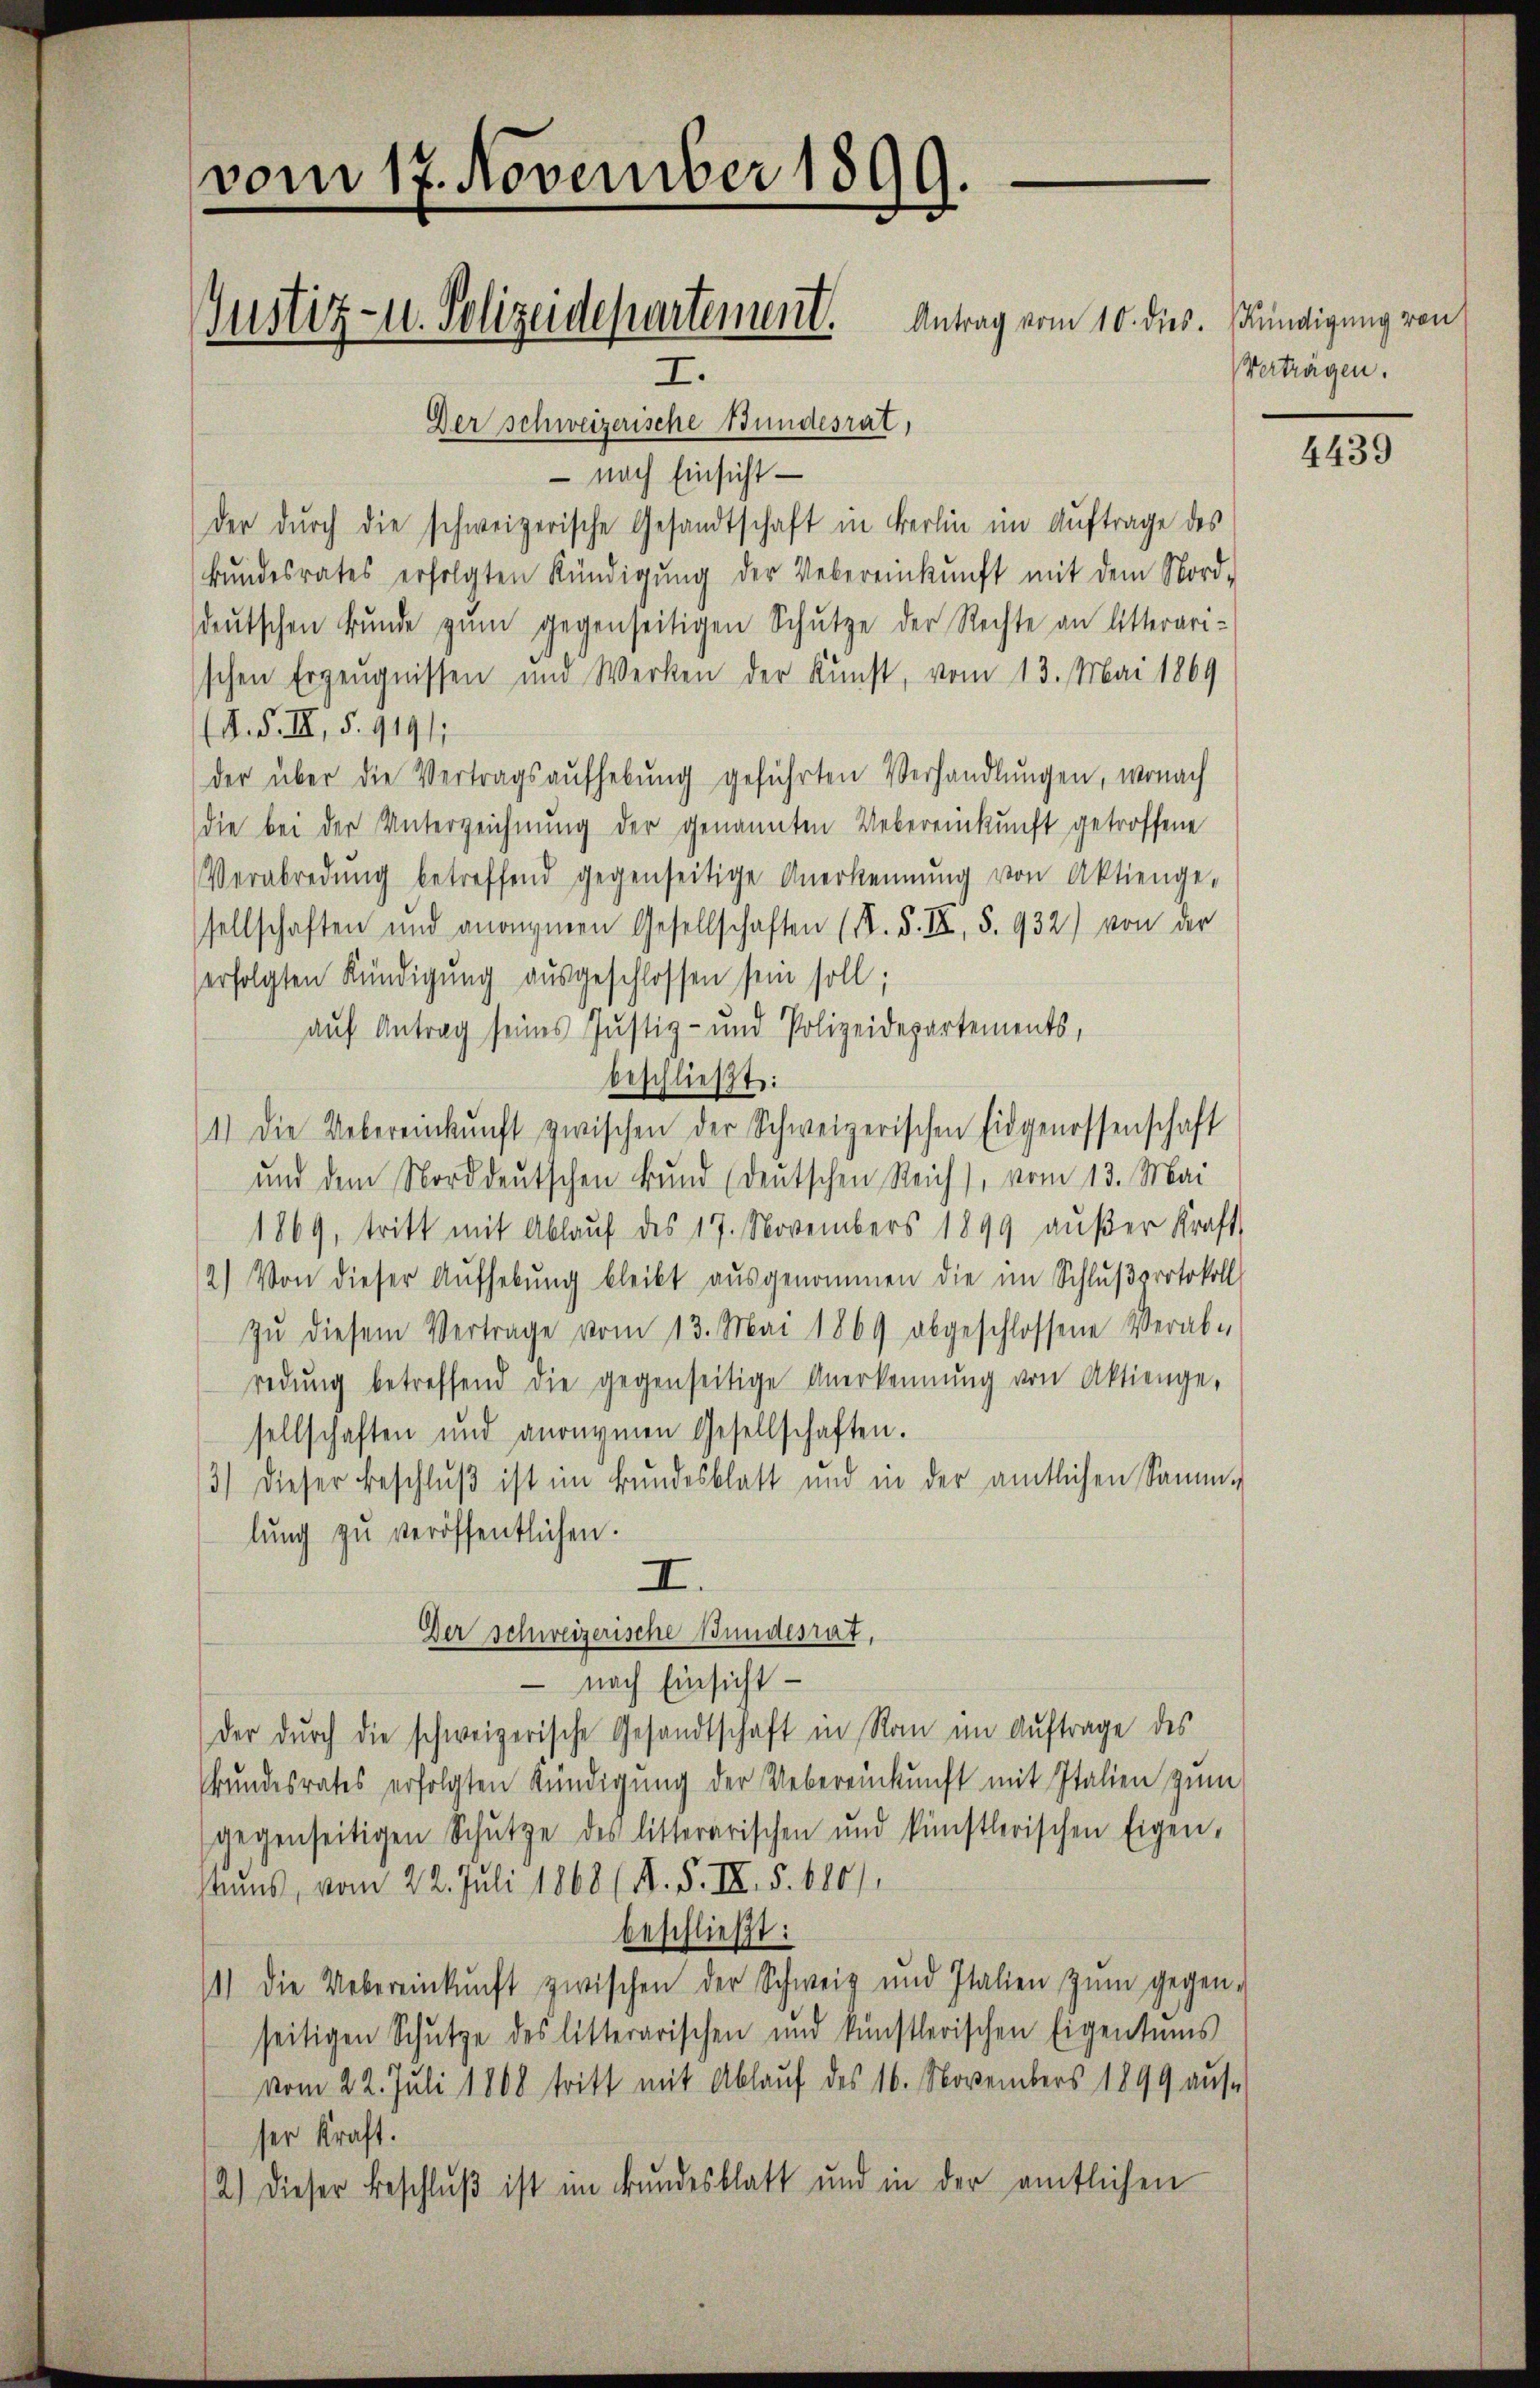
vom 17. November 1899.
Justiz- u. Polizeidepartement. Antrag vom 10. dies. Kündigung von
I.

Der schweizerische Bundesrat,
- nach Einsicht —
der dŭrch die schweizerische Gesandtschaft in Berlin im Auftrage des
bŭndesrates erfolgten Kündigŭng der Uebereinkunft mit dem Nord-
deŭtschen Bŭnde zŭm gegenseitigen Schŭtze der Rechte an litterari-
schen Erzeugnissen und Werken der Kunst, vom 13. Mai 1869
(A. S. III, S. 9191;
der über die Vertragsaufhebung geführten Verhandlungen, wonach
die bei der Unterzeichnung der genannten Uebereinkunft getroffene
Verabredung betreffend gegenseitige Anerkennung von Aktienge,
sellschaften und anangenen Gesellschaften (S. S. III, S. 932) von der
erfolgten Kündigung aŭsgeschlossen sein soll;
auf Antrag seines Justiz- und Polizeidepartements,
beschließt:
11) Die Uebereinkunft zwischen der Schweizerischen Eidgenossenschaft
und dem Norddeutschen Bund (deutschen Reich), vom 13. Mai
1869, tritt mit Ablauf des 17. November 1899 aŭβer Kraft
2) Von dieser Aufhebung bleibt ausgenommen die im Schlußprotokoll
zŭ diesem Vertrage vom 13. Mai 1869 abgeschlossene Verab-
redŭng betreffend die gegenseitige Anerkennung von Aktienge-
sellschaften und anonymen Gesellschaften.
3) Dieser Beschlŭβ ist im Bundesblatt und in der amtlichen Samm-
lŭng zŭ veröffentlichen.
II.
Der schweizerische Bundesrat,
- nach Einsicht
der dŭrch die schweizerische Gesandtschaft in Ran im Auftrage des
Bundesrates erfolgten Kündigung der Uebereinkunft mit Italien zum
gegenseitigen Schŭtze des litterarischen und künstlerischen Eigen,
tuns, vom 22. Juli 1868 (N. F. III. 5. 600),
beschließt:
11) Die Uebereinkŭnft zwischen der Schweiz und Italien zŭm gegen-
seitigen Schütze des litterarischen und künstlerischen Eigentums
vom 22. Juli 1808 tritt mit Ablauf des 16. Novembers 1899 aŭs-
ser kraft.
2.) Dieser Beschluß ist im Bundesblatt und in der amtlichen

Verträgen.

4439